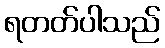
ရတတ်ပါသည်